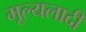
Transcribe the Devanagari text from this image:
मूल्यलादी